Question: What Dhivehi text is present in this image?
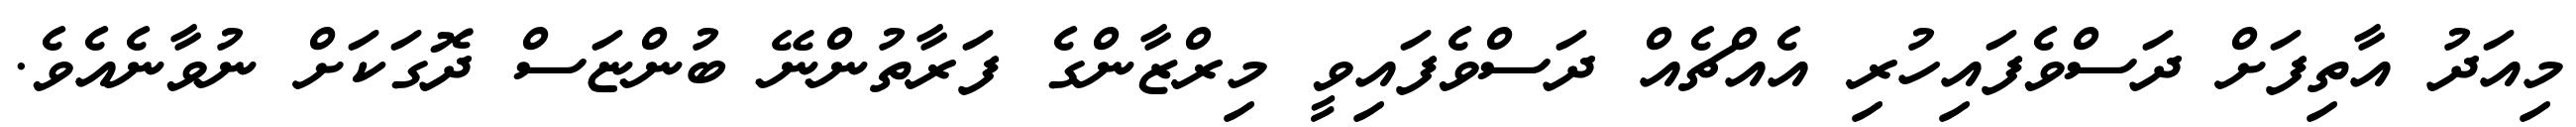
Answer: މިއަދު އާތިފަށް ދަސްވެފައިހުރި އެއްޗެއް ދަސްވެފައިވީ މިރްޒާންގެ ފަރާތުންނޭ ބުންޏަސް ދޮގަކަށް ނުވާނެއެވެ.